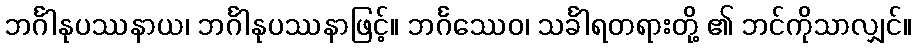
ဘင်္ဂါနုပဿနာယ၊ ဘင်္ဂါနုပဿနာဖြင့်။ ဘင်္ဂဿေဝ၊ သင်္ခါရတရားတို့ ၏ ဘင်ကိုသာလျှင်။